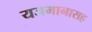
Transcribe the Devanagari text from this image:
यजमानासह